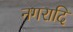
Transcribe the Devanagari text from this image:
नगरादि